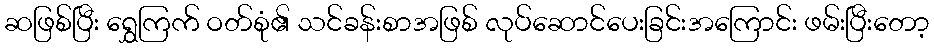
ဆဖြစ်ပြီး ရွှေကြက် ဝတ်စုံ၏ သင်ခန်းစာအဖြစ် လုပ်ဆောင်ပေးခြင်းအကြောင်း ဖမ်းပြီးတော့